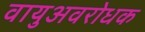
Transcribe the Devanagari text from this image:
वायुअवरोधक